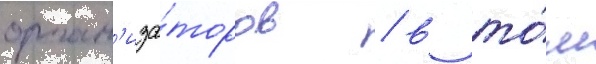
орган'иза́торов / в то́м